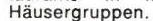
Häusergruppen.